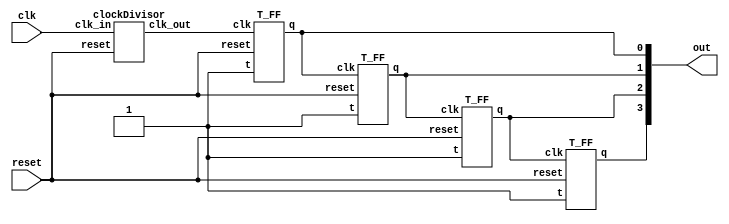
module counter(out, clk, reset);
    output [3:0]out;
    input clk, reset;

    wire new_clk;
    clockDivisor cd(new_clk, clk, reset);
    T_FF t0(out[0], 1'b1, new_clk, reset);
    T_FF t1(out[1], 1'b1, out[0], reset);
    T_FF t2(out[2], 1'b1, out[1], reset);
    T_FF t3(out[3], 1'b1, out[2], reset);
endmodule

module clockDivisor(clk_out, clk_in, reset);
    output clk_out;
    input clk_in, reset;
    wire [18:0]counters;

    T_FF t0(counters[0], 1'b1, clk_in, reset);
    T_FF t1(counters[1], 1'b1, counters[0], reset);
    T_FF t2(counters[2], 1'b1, counters[1], reset);
    T_FF t3(counters[3], 1'b1, counters[2], reset);
    T_FF t4(counters[4], 1'b1, counters[3], reset);
    T_FF t5(counters[5], 1'b1, counters[4], reset);
    T_FF t6(counters[6], 1'b1, counters[5], reset);
    T_FF t7(counters[7], 1'b1, counters[6], reset);
    T_FF t8(counters[8], 1'b1, counters[7], reset);
    T_FF t9(counters[9], 1'b1, counters[8], reset);
    T_FF t10(counters[10], 1'b1, counters[9], reset);
    T_FF t11(counters[11], 1'b1, counters[10], reset);
    T_FF t12(counters[12], 1'b1, counters[11], reset);
    T_FF t13(counters[13], 1'b1, counters[12], reset);
    T_FF t14(counters[14], 1'b1, counters[13], reset);
    T_FF t15(counters[15], 1'b1, counters[14], reset);
    T_FF t16(counters[16], 1'b1, counters[15], reset);
    T_FF t17(counters[17], 1'b1, counters[16], reset);
    T_FF t18(counters[18], 1'b1, counters[17], reset);
    T_FF t19(clk_out, 1'b1, counters[18], reset);
endmodule

module T_FF(q, t, clk, reset);
    output q;
    input t, clk, reset;
    wire d;

    xor (d, q, t);
    D_FF dff(q, d, clk, reset);
endmodule

module D_FF(q, d, clk, reset);
    output q;
    input d, clk, reset;
    reg q;
    always @(posedge reset or negedge clk)
        if (reset == 1'b1)
            q <= 1'b0;
        else
            q <= d;    
endmodule